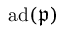
\operatorname { a d } ( { \mathfrak { p } } )